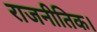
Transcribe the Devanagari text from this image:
राजनीतिक।